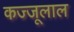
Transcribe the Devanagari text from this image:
कज्‍जूलाल